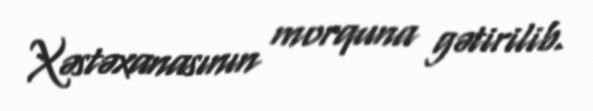
Xəstəxanasının morquna gətirilib.